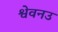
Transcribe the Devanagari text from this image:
श्वेवनउ